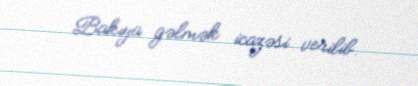
Bakıya gəlmək icazəsi verilib.